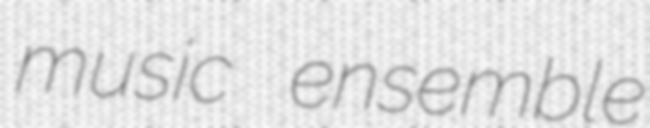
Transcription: music ensemble